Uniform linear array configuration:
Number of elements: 16
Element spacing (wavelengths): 1
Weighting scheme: hann
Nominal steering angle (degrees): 30
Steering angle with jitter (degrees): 31.192
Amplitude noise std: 0.05
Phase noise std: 0.05

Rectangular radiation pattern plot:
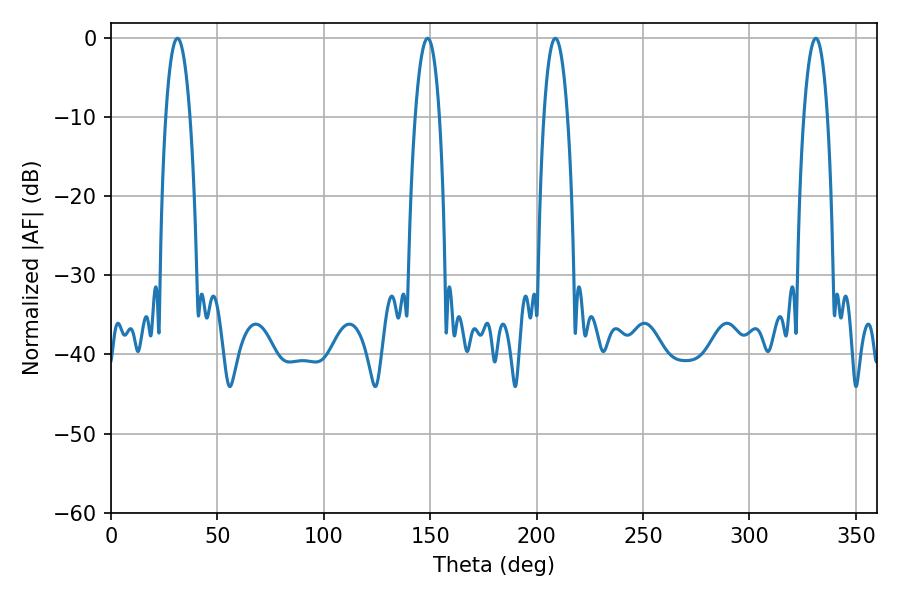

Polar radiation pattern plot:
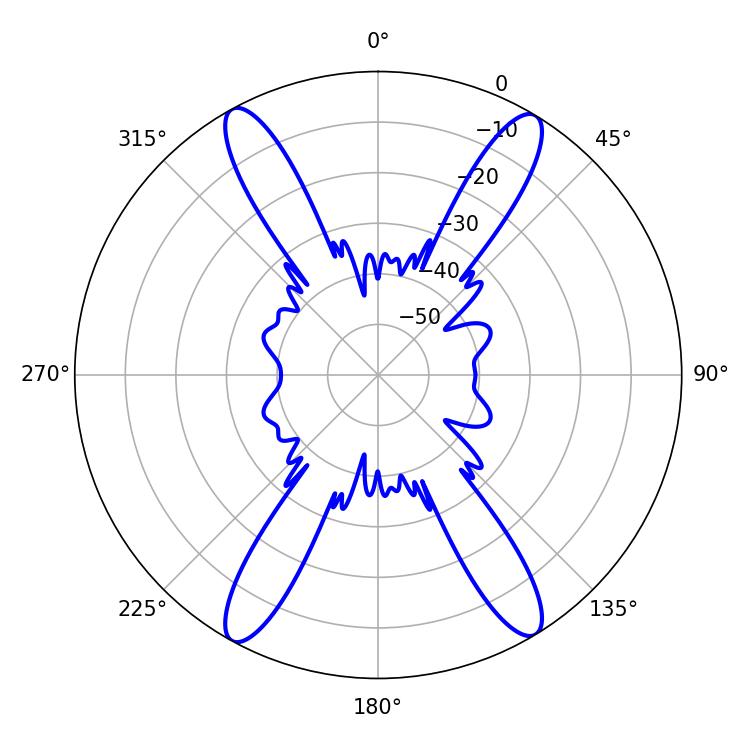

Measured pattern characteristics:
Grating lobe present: TRUE
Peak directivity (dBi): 22.384
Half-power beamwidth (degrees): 6.12
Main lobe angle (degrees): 208.8